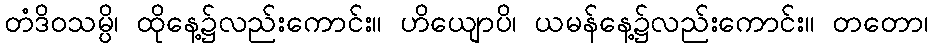
တံဒိဝသမ္ပိ၊ ထိုနေ့၌လည်းကောင်း။ ဟိယျောပိ၊ ယမန်နေ့၌လည်းကောင်း။ တတော၊